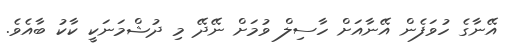
އޭނާގެ ހުވަފެން އޭނާއަށް ހާސިލް ވުމަށް ނޭދޭ މި ދުޝްމަނަކީ ކާކު ބާއެވެ.